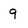
Character: 9